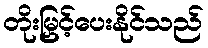
တိုးမြှင့်ပေးနိုင်သည်